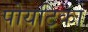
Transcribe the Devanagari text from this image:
पोयटिका